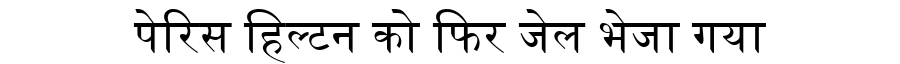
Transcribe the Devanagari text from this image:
पेरिस हिल्टन को फिर जेल भेजा गया